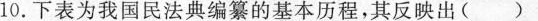
10.下表为我国民法典编纂的基本历程，其反映出( )